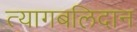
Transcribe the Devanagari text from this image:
त्यागबलिदान